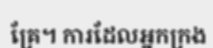
គ្រែ។ ការដែលអ្នកក្រង